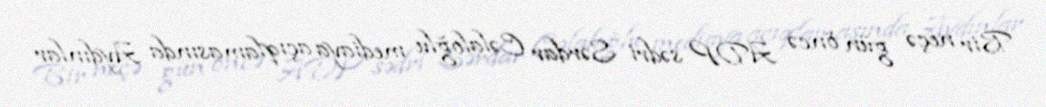
Bir neçə gün öncə ADP sədri Sərdar Cəlaloğlu mediaya açıqlamasında Aydınlar